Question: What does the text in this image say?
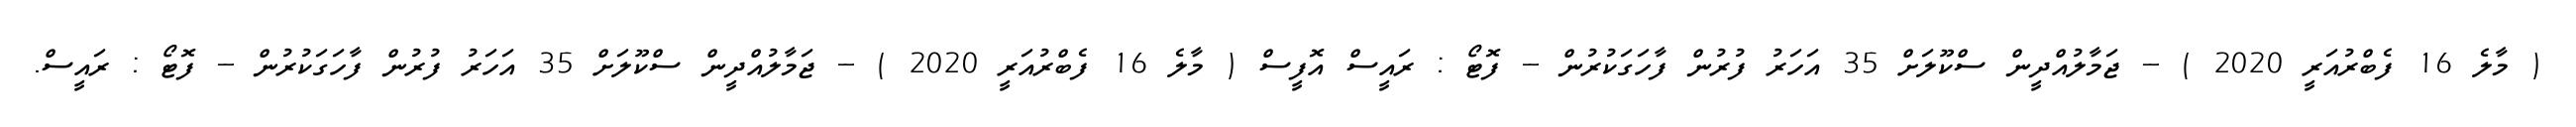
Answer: ( މާލެ 16 ފެބްރުއަރީ 2020 ) -- ޖަމާލުއްދީން ސްކޫލަށް 35 އަހަރު ފުރުން ފާހަގަކުރުން -- ފޮޓޯ : ރައީސް އޮފީސް ( މާލެ 16 ފެބްރުއަރީ 2020 ) -- ޖަމާލުއްދީން ސްކޫލަށް 35 އަހަރު ފުރުން ފާހަގަކުރުން -- ފޮޓޯ : ރައީސް.